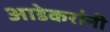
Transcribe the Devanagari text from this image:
आडेकरांनी